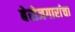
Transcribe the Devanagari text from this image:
बेरोजगारांचा